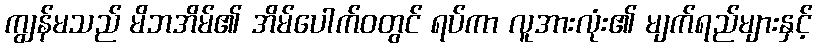
ကျွန်မသည် မိဘအိမ်၏ အိမ်ပေါက်ဝတွင် ရပ်ကာ လူအားလုံး၏ မျက်ရည်များနှင့်